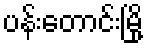
ပန်းတောင်းမြို့